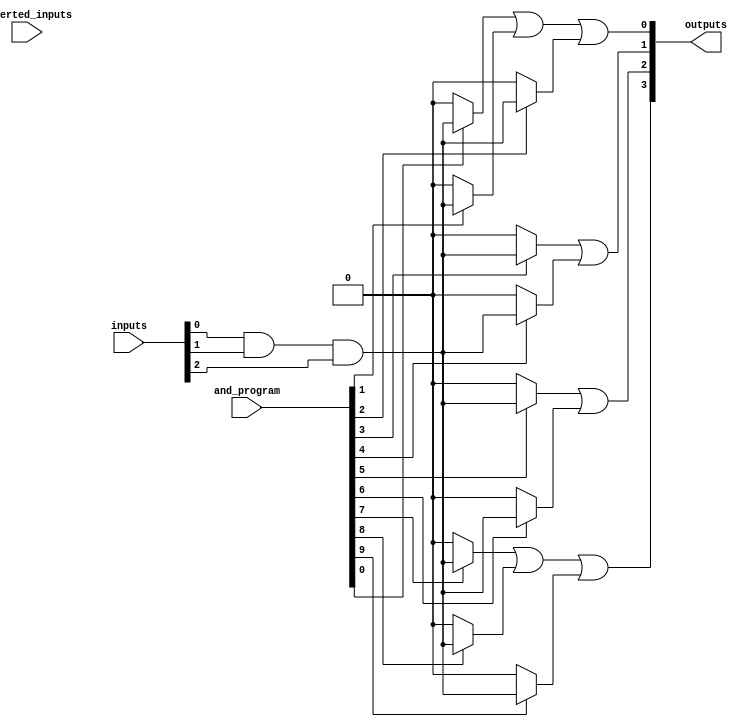
module jewel_pal #(
    parameter NUM_INPUTS = 8,     // Number of input signals
    parameter NUM_AND_GATES = 16,  // Number of programmable AND gates
    parameter NUM_OR_GATES = 4     // Number of fixed OR gates
)(
    input wire [NUM_INPUTS-1:0] inputs,         // Input signals
    input wire [NUM_INPUTS-1:0] inverted_inputs, // Inverted input signals
    input wire [NUM_AND_GATES-1:0] and_program,  // Programming signals for AND gates
    output wire [NUM_OR_GATES-1:0] outputs       // Output signals
);

// Internal signals for AND gate outputs
wire [NUM_AND_GATES-1:0] and_outputs;

// Programmable AND array
genvar i;
generate
    for (i = 0; i < NUM_AND_GATES; i = i + 1) begin : and_array
        assign and_outputs[i] = (and_program[i]) ? 
            (inputs[0] & inputs[1] & inputs[2]) : 1'b0; // Example: replace with actual logic
    end
endgenerate

// Fixed OR array
wire [NUM_OR_GATES-1:0] or_outputs;

assign or_outputs[0] = and_outputs[0] | and_outputs[1] | and_outputs[2]; // Example OR gate
assign or_outputs[1] = and_outputs[3] | and_outputs[4];                   // Example OR gate
assign or_outputs[2] = and_outputs[5] | and_outputs[6];                   // Example OR gate
assign or_outputs[3] = and_outputs[7] | and_outputs[8] | and_outputs[9]; // Example OR gate

// Final outputs
assign outputs = or_outputs;

endmodule